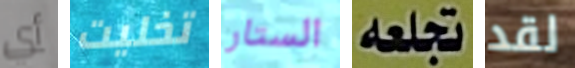
أي تخليت الستار تجعله لقد